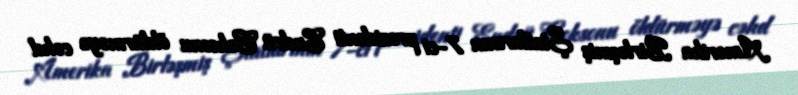
Amerika Birləşmiş Ştatlarının 7-ci prezidenti Endrü Ceksonu öldürməyə cəhd